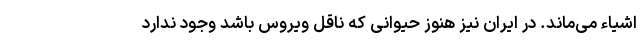
اشیاء می‌ماند. در ایران نیز هنوز حیوانی که ناقل ویروس باشد وجود ندارد